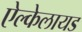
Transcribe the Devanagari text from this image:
ऐल्केलायड